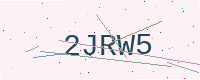
Text: 2JRW5